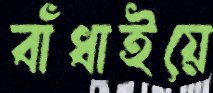
বাঁধাইয়ে